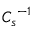
{ C _ { s } } ^ { - 1 }